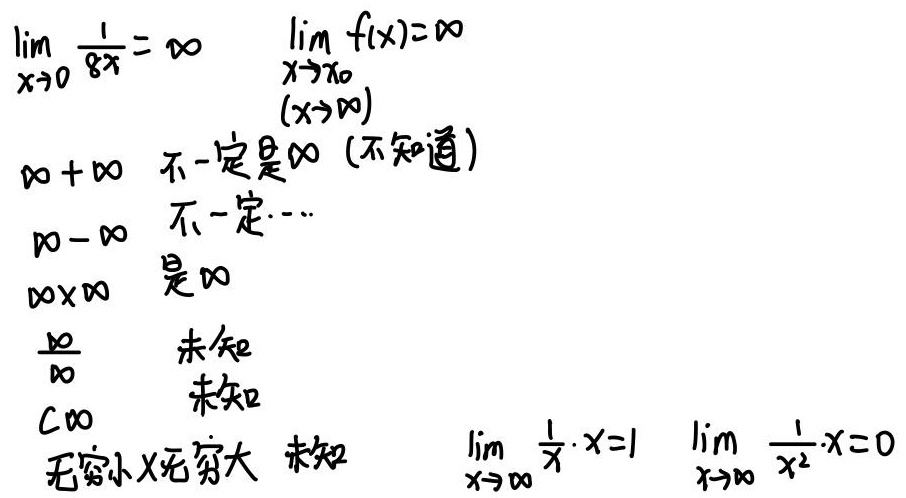
\(\lim_{x \to 0} \frac{1}{8x} = \infty\)，\(\lim_{\substack{x \to x_0 \\(x \to \infty)}} f(x)=\infty\)

\(\infty + \infty\)，不一定是\(\infty\)（不知道）

\(\infty - \infty\)，不一定\(\cdots\)

\(\infty \times \infty\)，是\(\infty\)

\(\frac{\infty}{\infty}\)，未知

\(C\infty\)，未知

无穷小\(\times\)无穷大，未知

\(\lim_{x \to \infty} \frac{1}{x} \cdot x = 1\)，\(\lim_{x \to \infty} \frac{1}{x^2} \cdot x = 0\)